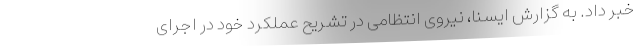
خبر داد. به گزارش ایسنا، نیروی انتظامی در تشریح عملکرد خود در اجرای